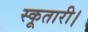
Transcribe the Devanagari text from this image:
स्कूतारी।